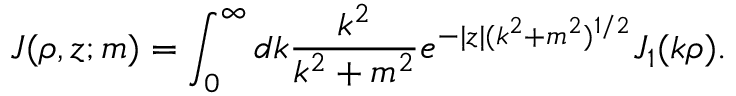
J ( \rho , z ; m ) = \int _ { 0 } ^ { \infty } d k \frac { k ^ { 2 } } { k ^ { 2 } + m ^ { 2 } } e ^ { - | z | ( k ^ { 2 } + m ^ { 2 } ) ^ { 1 / 2 } } J _ { 1 } ( k \rho ) .